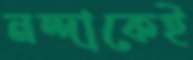
নন্দাকেই